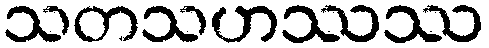
သတသဟဿဿ